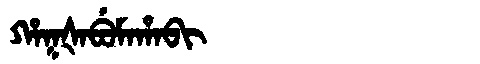
Manchu: ᡥᠠᡴᡧᠠᠪᡠᠮᠠᡥᠠᠪᡳ
Romanization: HAKŠABUMAHABI